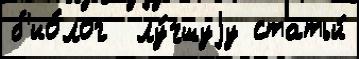
б'ио́лог  лу́чшуjу статьи́